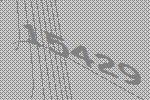
15429